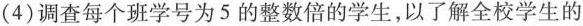
（4）调查每个班学号为5的整数倍的学生，以了解全校学生的